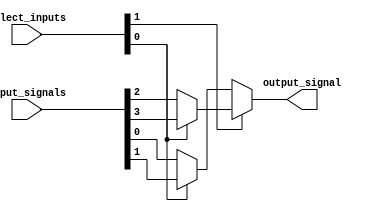
module multiplexer (
    input [3:0] input_signals,
    input [1:0] select_inputs,
    output output_signal
);

assign output_signal = select_inputs[1] ? 
                        (select_inputs[0] ? input_signals[3] : input_signals[2]) :
                        (select_inputs[0] ? input_signals[1] : input_signals[0]);

endmodule